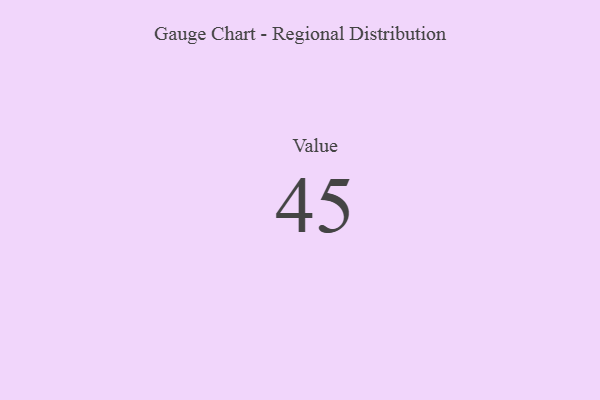
{"axis": {"x": "Metric", "y": "Value"}, "legend": [""], "data": [{"x": "Value", "y": 45, "type": ""}]}